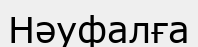
Нәуфалға